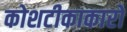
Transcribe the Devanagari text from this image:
कोशटीकाकारों